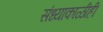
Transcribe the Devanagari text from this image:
संध्याकाळीही